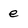
Character: e